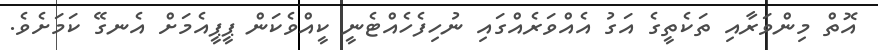
އޮތް މިންވަރާއި ތަކެތީގެ އަގު އެއްވަރެއްގައި ނުހިފެހެއްޓެނީ ކީއްވެކަން ޕީޕީއެމަށް އެނގޭ ކަމަށެވެ.